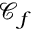
\mathcal { C } _ { f }